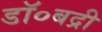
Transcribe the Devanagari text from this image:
डॉ०बद्री